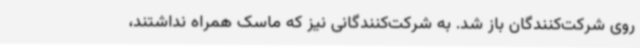
روی شرکت‌کنندگان باز شد. به شرکت‌کنندگانی نیز که ماسک همراه نداشتند،